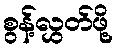
စွန့်လွှတ်ဖို့